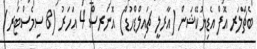
ބެޗްލަރ އޮފް އެޑިޔުކޭޝަން (އާރލީ ޗައިލްޑްހުޑް) އޮނަރސް 4 އަހަރު (8 ސިމެސްޓަރ)